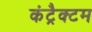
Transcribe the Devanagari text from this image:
कंट्रैक्टम